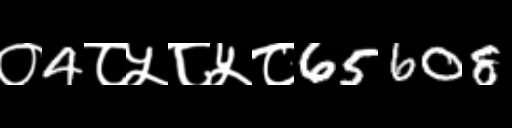
Text: ०4८५८५८65608